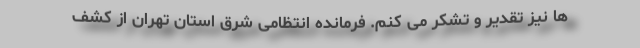
ها نیز تقدیر و تشکر می کنم. فرمانده انتظامی شرق استان تهران از کشف